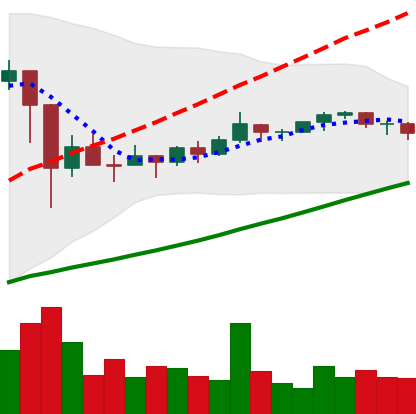
Ticker: TRX-USD
Chart end date: 2021-03-12
Forward return: 9.858%
Label: up_7plus